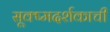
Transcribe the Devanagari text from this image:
सूक्ष्मदर्शकाची